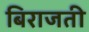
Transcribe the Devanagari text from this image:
बिराजती